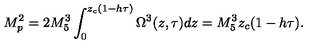
M _ { p } ^ { 2 } = 2 M _ { 5 } ^ { 3 } \int _ { 0 } ^ { z _ { c } ( 1 - h \tau ) } \Omega ^ { 3 } ( z , \tau ) d z = M _ { 5 } ^ { 3 } z _ { c } ( 1 - h \tau ) .